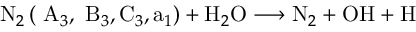
\mathrm { ~ N } _ { 2 } \left( \mathrm { ~ A } _ { 3 } , \mathrm { ~ B } _ { 3 } , \mathrm { C } _ { 3 } , \mathrm { a } _ { 1 } \right) + \mathrm { H } _ { 2 } \mathrm { O } \longrightarrow \mathrm { N } _ { 2 } + \mathrm { O H } + \mathrm { H }